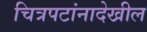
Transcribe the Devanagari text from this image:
चित्रपटांनादेखील